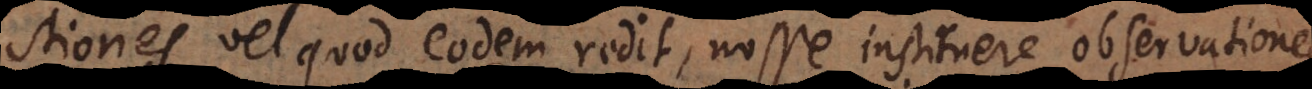
stiones, vel quod eodem redit, nosse instituere observatione